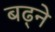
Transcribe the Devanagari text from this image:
बढ़्ने